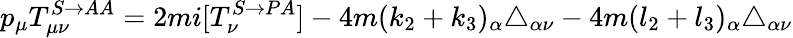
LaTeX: p_{\mu}T_{\mu\nu}^{S\rightarrow AA}=2mi[T_{\nu}^{S\rightarrow PA}]-4m(k_{2}+k_{3})_{\alpha}\triangle_{\alpha\nu}-4m(l_{2}+l_{3})_{\alpha}\triangle_{\alpha\nu}